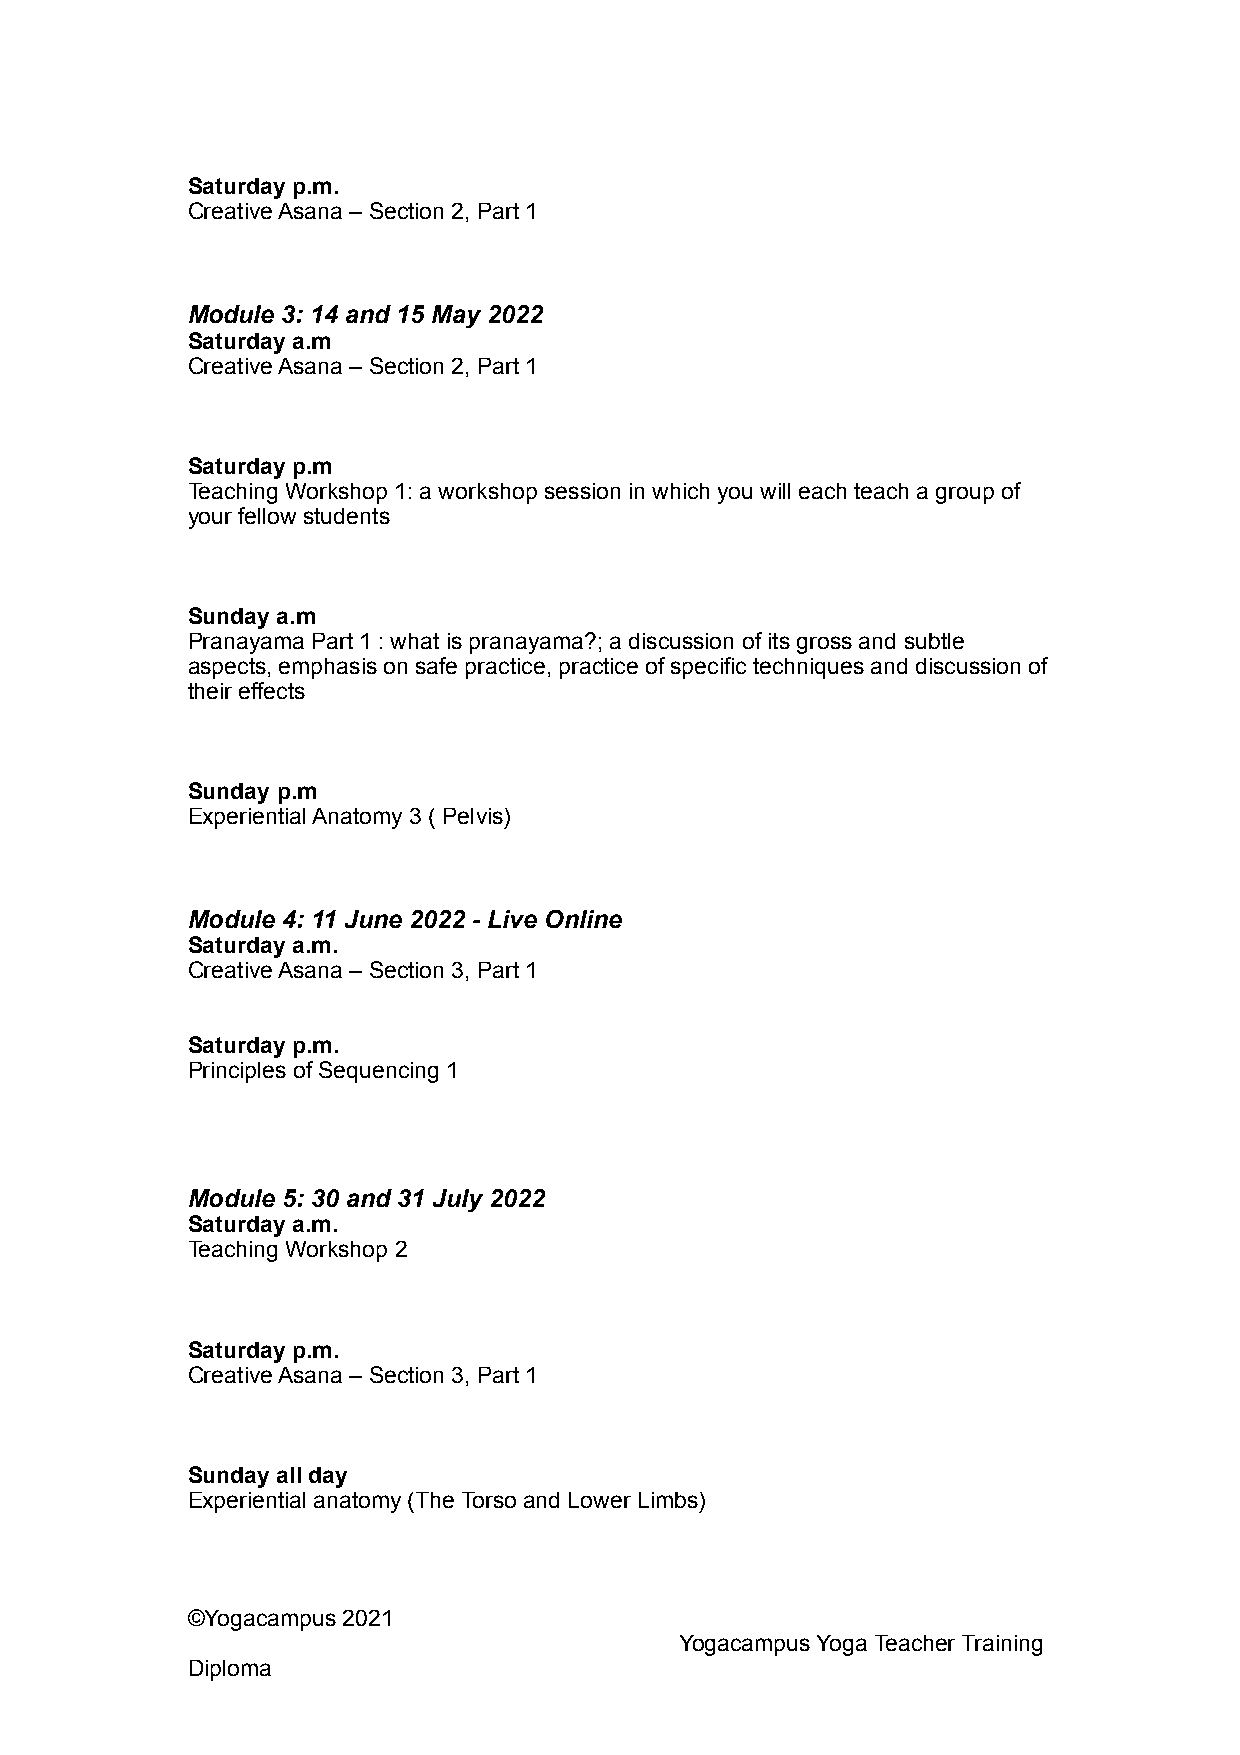
Saturday p.m.
 Creative Asana – Section 2, Part 1
 Module 3: 14 and 15 May 2022
 Saturday a.m
 Creative Asana – Section 2, Part 1
 Saturday p.m
 Teaching Workshop 1: a workshop session in which you will each teach a group of
 your fellow students
 Sunday a.m
 Pranayama Part 1 : what is pranayama?; a discussion of its gross and subtle
 aspects, emphasis on safe practice, practice of specific techniques and discussion of
 their effects
 Sunday p.m
 Experiential Anatomy 3 ( Pelvis)
 Module 4: 11 June 2022 - Live Online
 Saturday a.m.
 Creative Asana – Section 3, Part 1
 Saturday p.m.
 Principles of Sequencing 1
 Module 5: 30 and 31 July 2022
 Saturday a.m.
 Teaching Workshop 2
 Saturday p.m.
 Creative Asana – Section 3, Part 1
 Sunday all day
 Experiential anatomy (The Torso and Lower Limbs)
 ©Yogacampus 2021
 Yogacampus Yoga Teacher Training
 Diploma